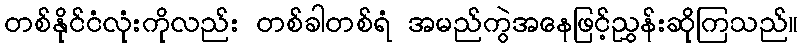
တစ်နိုင်ငံလုံးကိုလည်း တစ်ခါတစ်ရံ အမည်ကွဲအနေဖြင့်ညွှန်းဆိုကြသည်။